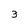
Character: 3